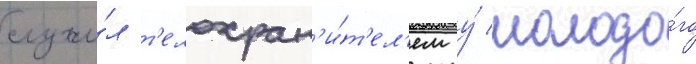
служи́л т'елохран'и́т'ел'ем у́ молодо́го